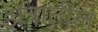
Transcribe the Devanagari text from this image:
झेत्रातील